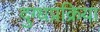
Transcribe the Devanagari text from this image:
दुग्धप्रक्रिया